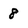
Character: 8